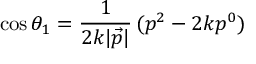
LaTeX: \cos \theta _ { 1 } = \frac { 1 } { 2 k | \vec { p } | } \, ( p ^ { 2 } - 2 k p ^ { 0 } )